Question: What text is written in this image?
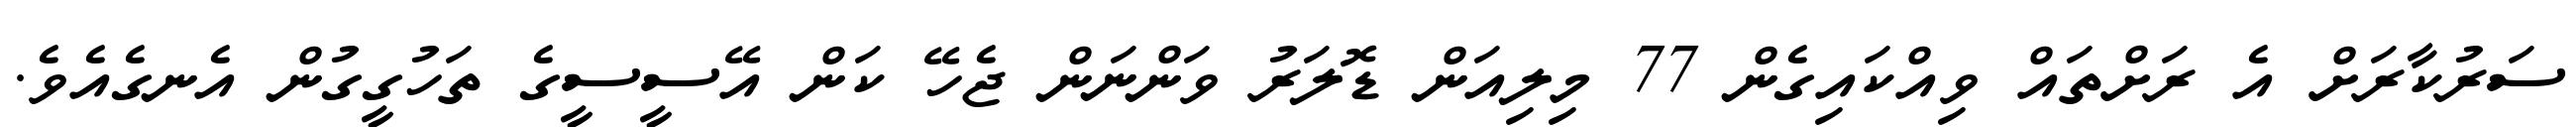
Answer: ސަރުކާރަށް އެ ރަށްތައް ވިއްކައިގެން 77 މިލިއަން ޑޮލަރު ވަންނަން ޖެހޭ ކަން އޭސީސީގެ ތަހުގީގުން އެނގެއެވެ.